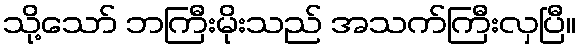
သို့သော် ဘကြီးမိုးသည် အသက်ကြီးလှပြီ။